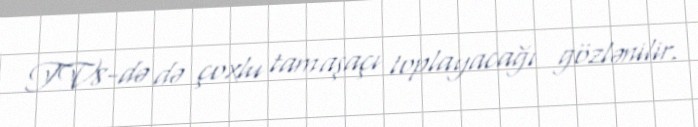
TV8-də də çoxlu tamaşaçı toplayacağı gözlənilir.